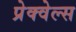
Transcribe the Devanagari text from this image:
प्रेक्वेल्स